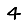
Digit: 4